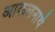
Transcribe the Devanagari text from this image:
आकलनार्थ